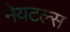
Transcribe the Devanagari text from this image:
मेयटल्स